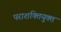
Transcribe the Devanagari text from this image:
पराशक्तियुक्त